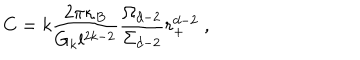
C = k \frac { 2 \pi \kappa _ { B } } { G _ { k } l ^ { 2 k - 2 } } \frac { \Omega _ { d - 2 } } { \Sigma _ { d - 2 } } r _ { + } ^ { d - 2 } \; ,